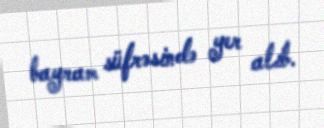
bayram süfrəsində yer alıb.